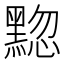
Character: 𫜚